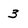
Character: 3